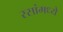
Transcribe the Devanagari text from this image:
रसांमध्ये